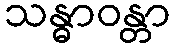
သန္ဓာဝန္တာ